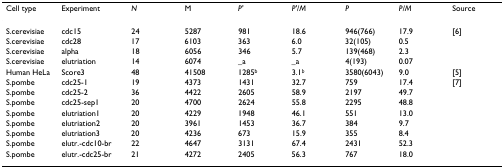
| Cell type | Experiment | N | M | P' | P'/M | P | P/M | Source |
 | --- | --- | --- | --- | --- | --- | --- | --- | --- |
 | S.cerevisiae | cdc15 | 24 | 5287 | 981 | 18.6 | 946(766) | 17.9 | [6] |
 | S.cerevisiae | cdc28 | 17 | 6103 | 363 | 6.0 | 32(105) | 0.5 |  |
 | S.cerevisiae | alpha | 18 | 6056 | 346 | 5.7 | 139(468) | 2.3 |  |
 | S.cerevisiae | elutriation | 14 | 6074 | _a | _a | 4(193) | 0.07 |  |
 | Human HeLa | Score3 | 48 | 41508 | 1285b | 3.1b | 3580(6043) | 9.0 | [5] |
 | S.pombe | cdc25-1 | 19 | 4373 | 1431 | 32.7 | 759 | 17.4 | [7] |
 | S.pombe | cdc25-2 | 36 | 4422 | 2605 | 58.9 | 2197 | 49.7 |  |
 | S.pombe | cdc25-sep1 | 20 | 4700 | 2624 | 55.8 | 2295 | 48.8 |  |
 | S.pombe | elutriation1 | 20 | 4229 | 1948 | 46.1 | 551 | 13.0 |  |
 | S.pombe | elutriation2 | 20 | 3961 | 1453 | 36.7 | 384 | 9.7 |  |
 | S.pombe | elutriation3 | 20 | 4236 | 673 | 15.9 | 355 | 8.4 |  |
 | S.pombe | elutr.-cdc10-br | 22 | 4647 | 3131 | 67.4 | 2431 | 52.3 |  |
 | S.pombe | elutr.-cdc25-br | 21 | 4272 | 2405 | 56.3 | 767 | 18.0 |  |